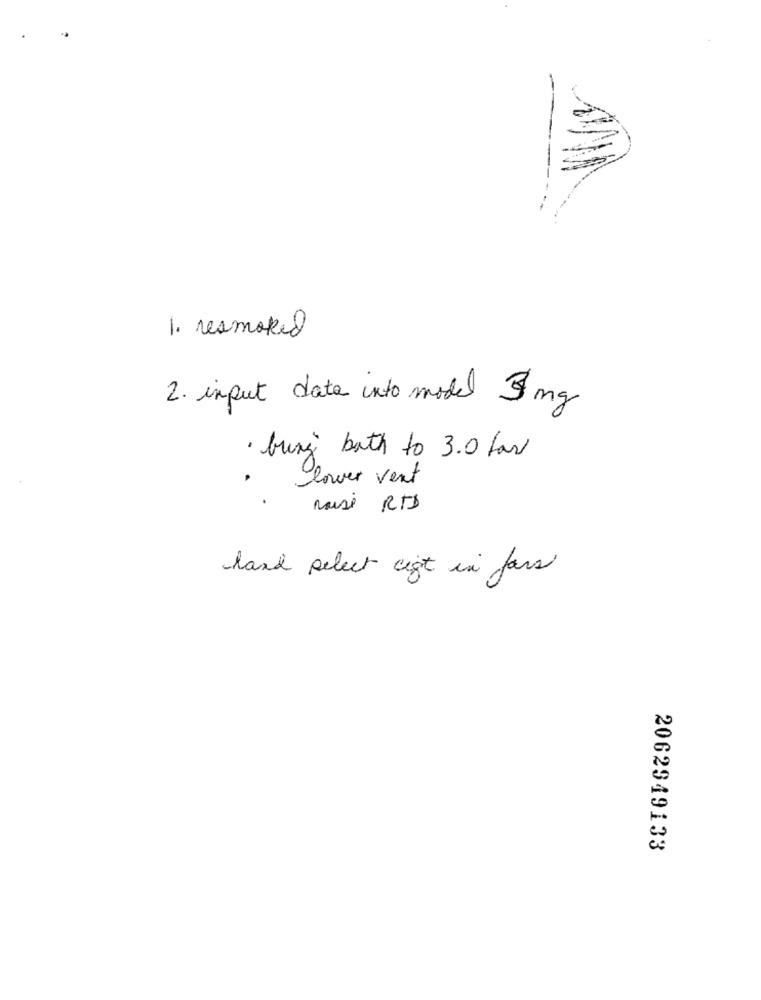
1. resmoked
2. input data into model 3 mg
· bung' bath to 3.0 fax
lower vent
Raise RTD
land select ligt in fars
2062949133